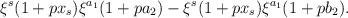
LaTeX: \begin{align*}\xi^s(1+px_s)\xi^{a_1}(1+pa_2) - \xi^s(1+px_s)\xi^{a_1}(1+pb_2).\end{align*}